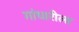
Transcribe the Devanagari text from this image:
गांधारीला